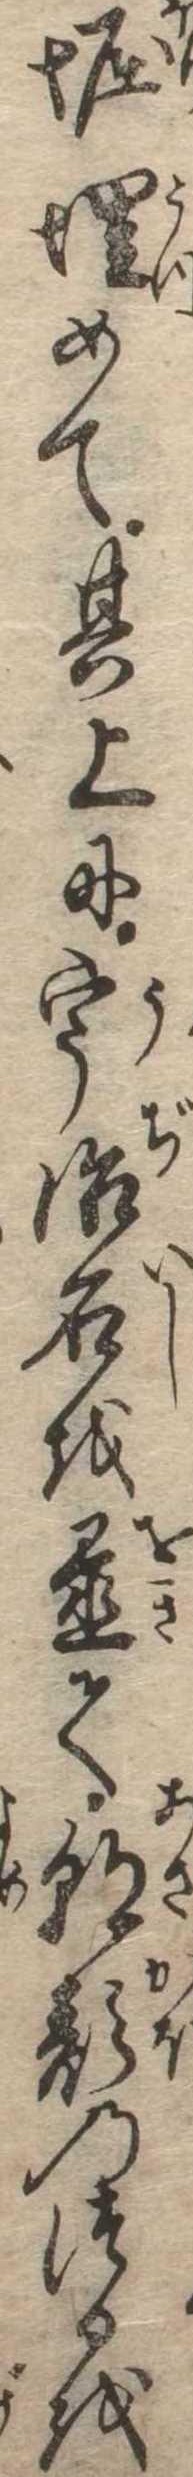
堀埋めて其上に宇治石を置て朝顔のつるを